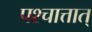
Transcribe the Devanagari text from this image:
पश्चात्तात्‌